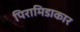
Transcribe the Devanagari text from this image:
पिरामिडाकार